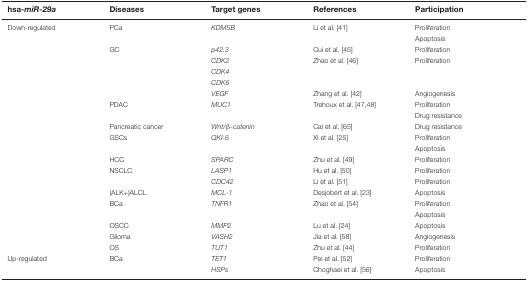
<table><thead><tr><td><b>hsa-<i>miR-29a</i></b></td><td><b>Diseases</b></td><td><b>Target genes</b></td><td><b>References</b></td><td><b>Participation</b></td></tr></thead><tbody><tr><td>Down-regulated</td><td>PCa</td><td><i>KDM5B</i></td><td>Li et al. [41]</td><td>Proliferation</td></tr><tr><td></td><td></td><td></td><td></td><td>Apoptosis</td></tr><tr><td></td><td>GC</td><td><i>p42.3</i></td><td>Cui et al. [45]</td><td>Proliferation</td></tr><tr><td></td><td></td><td><i>CDK2</i></td><td>Zhao et al. [46]</td><td>Proliferation</td></tr><tr><td></td><td></td><td><i>CDK4</i></td><td></td><td></td></tr><tr><td></td><td></td><td><i>CDK6</i></td><td></td><td></td></tr><tr><td></td><td></td><td><i>VEGF</i></td><td>Zhang et al. [42]</td><td>Angiogenesis</td></tr><tr><td></td><td>PDAC</td><td><i>MUC1</i></td><td>Trehoux et al. [47,48]</td><td>Proliferation</td></tr><tr><td></td><td></td><td></td><td></td><td>Drug resistance</td></tr><tr><td></td><td>Pancreatic cancer</td><td><i>Wnt/β-catenin</i></td><td>Cai et al. [65]</td><td>Drug resistance</td></tr><tr><td></td><td>GSCs</td><td><i>QKI-6</i></td><td>Xi et al. [25]</td><td>Proliferation</td></tr><tr><td></td><td></td><td></td><td></td><td>Apoptosis</td></tr><tr><td></td><td>HCC</td><td><i>SPARC</i></td><td>Zhu et al. [49]</td><td>Proliferation</td></tr><tr><td></td><td>NSCLC</td><td><i>LASP1</i></td><td>Hu et al. [50]</td><td>Proliferation</td></tr><tr><td></td><td></td><td><i>CDC42</i></td><td>Li et al. [51]</td><td>Proliferation</td></tr><tr><td></td><td>(ALK+)ALCL</td><td><i>MCL-1</i></td><td>Desjobert et al. [23]</td><td>Apoptosis</td></tr><tr><td></td><td>BCa</td><td><i>TNFR1</i></td><td>Zhao et al. [54]</td><td>Proliferation</td></tr><tr><td></td><td></td><td></td><td></td><td>Apoptosis</td></tr><tr><td></td><td>OSCC</td><td><i>MMP2</i></td><td>Lu et al. [24]</td><td>Apoptosis</td></tr><tr><td></td><td>Glioma</td><td><i>VASH2</i></td><td>Jia et al. [58]</td><td>Angiogenesis</td></tr><tr><td></td><td>OS</td><td><i>TUT1</i></td><td>Zhu et al. [44]</td><td>Proliferation</td></tr><tr><td>Up-regulated</td><td>BCa</td><td><i>TET1</i></td><td>Pei et al. [52]</td><td>Proliferation</td></tr><tr><td></td><td></td><td><i>HSPs</i></td><td>Choghaei et al. [56]</td><td>Apoptosis</td></tr></tbody></table>